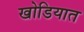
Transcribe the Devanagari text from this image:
खोडियात